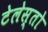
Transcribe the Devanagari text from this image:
टेलेस्तो